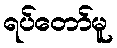
ရပ်တော်မူ